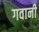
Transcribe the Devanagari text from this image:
गवानी